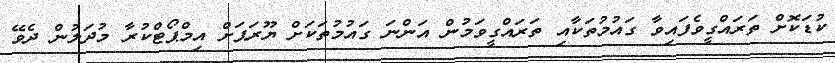
ކުޑަކޮށް ތަރައްގީވެފައިވާ ގައުމުތަކާއި ތަރައްގީވަމުން އަންނަ ގައުމުތަކަށް ޔޫރަޕަށް އިމްޕޯޓްކުރާ މުދަލުން ދެވޭ